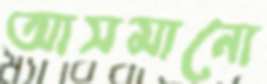
আসমানো